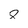
Character: 8